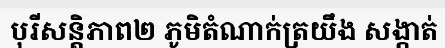
បុរីសន្តិភាព២ ភូមិតំណាក់ត្រយឹង សង្កាត់